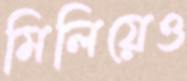
মিলিয়েও